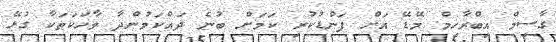
ގާސިމް އިބްރާހިމް މޭޑޭ އަށް ފަންޑުކުރި ކަމަށް ބުނެ ދައްކަމުންދާ ވާހަކަތަކާ ގުޅޭ